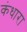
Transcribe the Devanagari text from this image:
कंधारा